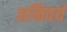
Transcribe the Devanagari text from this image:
अनिवर्य